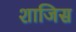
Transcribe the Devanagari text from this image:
शाजिस